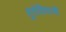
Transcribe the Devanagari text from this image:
मुरोदियाजी